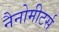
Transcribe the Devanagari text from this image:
नैनोमीटर्स